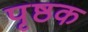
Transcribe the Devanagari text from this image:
पृष्ठक